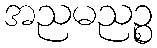
အညမညဉ္စ